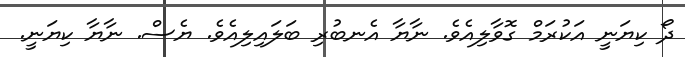
ދޯ ކިޔަނީ އަކުރަމް ގޮވާލިއެވެ. ނާޔާ އެނބުރި ބަލައިލިއެވެ. ޔެސް. ނާޔާ ކިޔަނީ.